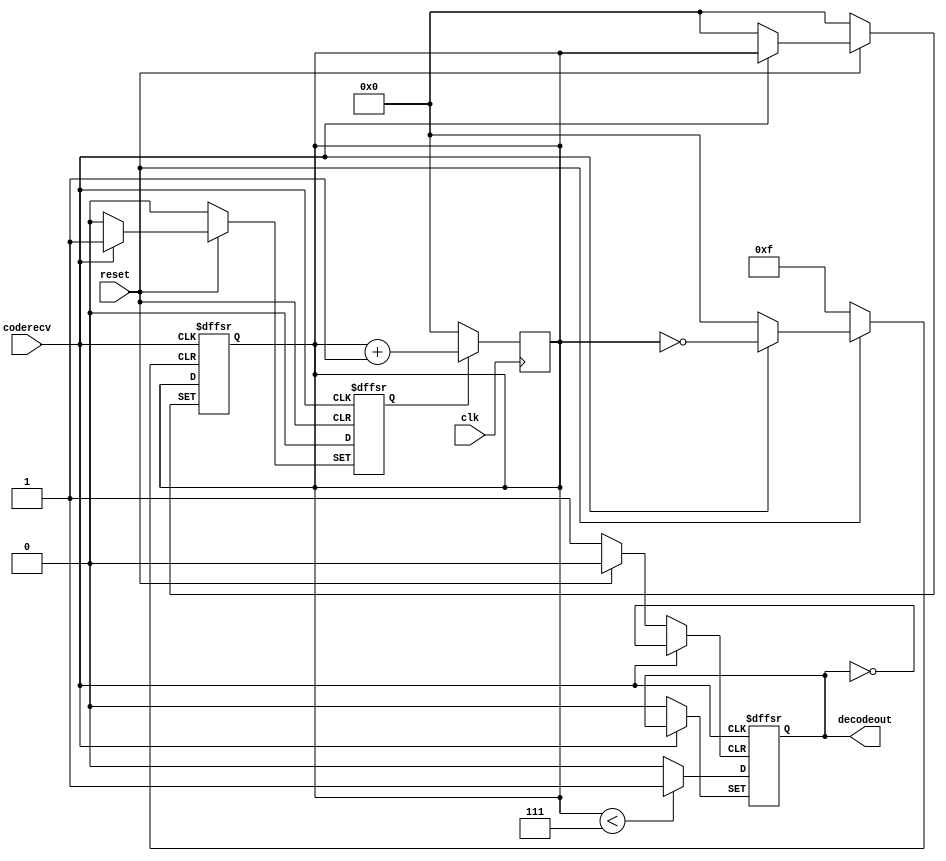
module FSKDecoder(coderecv,clk,reset,decodeout);
	input coderecv,clk,reset;
	output reg decodeout;
	

	reg [3:0] clkcnt;
	reg cntstate;
	
	wire coderecv2;
	assign coderecv2 = ~ coderecv;
	
	initial begin
		clkcnt<=4'd0;
		decodeout<=0;
		cntstate<=0;
	end
	
	always @(posedge coderecv or posedge coderecv2 or negedge reset) begin
		if (reset==0) begin 
			clkcnt<=4'd0;
			decodeout<=0;
			cntstate<=0;
			end
		else begin
			if (coderecv==1)
				cntstate<=1;
			else begin
				cntstate<=0;
				if (clkcnt<4'd7)
					decodeout<=1;
				else decodeout<=0;
			end
		end
	end
	
	always @(posedge clk) begin
		if (cntstate==1)
			clkcnt<=clkcnt+1;
		else clkcnt<=0;
	end


endmodule